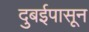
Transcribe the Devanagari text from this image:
दुबईपासून